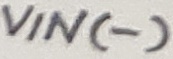
Text: VIN(-)